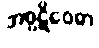
အပ္ပဋိဝေဓာ